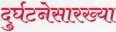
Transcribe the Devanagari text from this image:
दुर्घटनेसारख्या